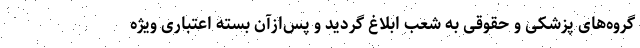
گروه‌های پزشکی و حقوقی به شعب ابلاغ گردید و پس‌ازآن بسته اعتباری ویژه